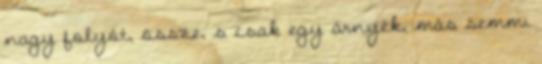
nagy folyót, össze, s csak egy árnyék, más semmi